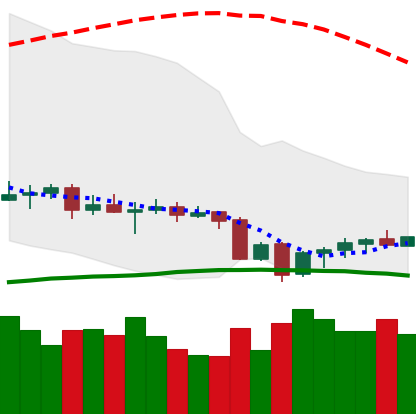
Ticker: EOS-USD
Chart end date: 2020-09-29
Forward return: -3.005%
Label: down_3_5